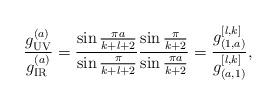
LaTeX: \begin{align*}{g_{\tiny\rm UV}^{(a)}\over{g_{\tiny\rm IR}^{(a)}}}={\sin{\pi a\over{k+l+2}}\over{\sin{\pi\over{k+l+2}}}}{\sin{\pi\over{k+2}}\over{\sin{\pi a\over{k+2}}}}={g^{[l,k]}_{(1,a)}\over{g^{[l,k]}_{(a,1)}}},\end{align*}